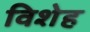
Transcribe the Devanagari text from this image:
विशेह